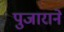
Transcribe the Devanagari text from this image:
पुजाराने